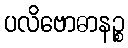
ပလိဗောဓာနဉ္စ